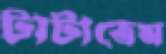
টাটাতেম